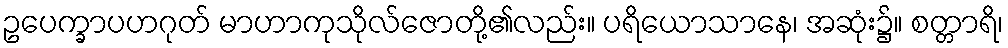
ဥပေက္ခာပဟဂုတ် မာဟာကုသိုလ်ဇောတို့၏လည်း။ ပရိယောသာနေ၊ အဆုံး၌။ စတ္တာရိ၊